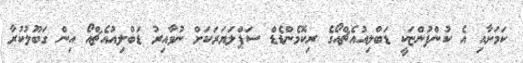
ކަމަށާއި އެ ކުންފުންޏަކީ ޑަބްލިއުއެޗްއޯގެ ރިކޮމެންޑެޑް ސަޕްލަޔަރަކަށް ނުވާއިރު ޑަބްލިއުއެޗްއޯ އިން ގަބޫލުކުރާ